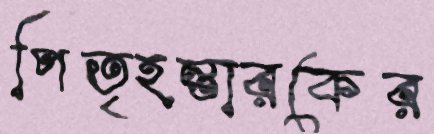
পিতৃহন্তারকের